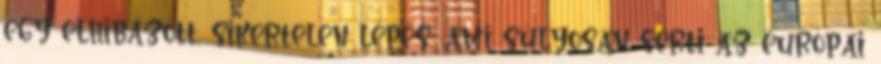
egy elhibázott, sikertelen lépés, ami súlyosan sérti az európai